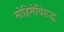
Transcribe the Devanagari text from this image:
मोहिमेविरुद्ध